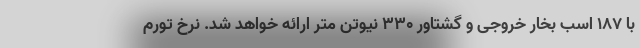
با 187 اسب بخار خروجی و گشتاور 330 نیوتن متر ارائه خواهد شد. نرخ تورم